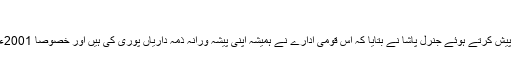
‘‘
اُنھوں نے کہا کہ گذشتہ چھ دہائیوں کے دوران آئی ایس آئی کی کارکردگی کا مختصر جائزہ پیش کرتے ہوئے جنرل پاشا نے بتایا کہ اس قومی ادارے نے ہمیشہ اپنی پیشہ ورانہ ذمہ داریاں پوری کی ہیں اور خصوصاً 2001ء کے بعد انتہاپسندی اور دہشت گردی کے خلاف اس کی فتوحات کی دنیا میں مثال نہیں ملتی۔